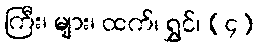
ကြီး၊ များ၊ ထက်၊ ရွှင်၊ (၄)